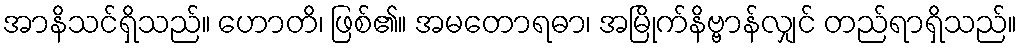
အာနိသင်ရှိသည်။ ဟောတိ၊ ဖြစ်၏။ အမတောရဓာ၊ အမြိုက်နိဗ္ဗာန်လျှင် တည်ရာရှိသည်။